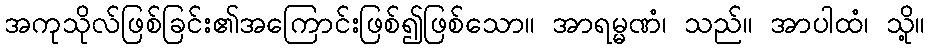
အကုသိုလ်ဖြစ်ခြင်း၏အကြောင်းဖြစ်၍ဖြစ်သော။ အာရမ္မဏံ၊ သည်။ အာပါထံ၊ သို့။